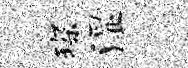
琛湿